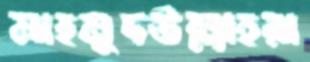
মাহমুদউল্লাহরা